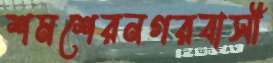
শমশেরনগরবাসী